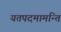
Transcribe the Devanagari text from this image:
यतपदमामन्ति